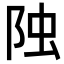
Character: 𨹁